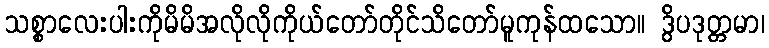
သစ္စာလေးပါးကိုမိမိအလိုလိုကိုယ်တော်တိုင်သိတော်မူကုန်ထသော။ ဒွိပဒုတ္တမာ၊